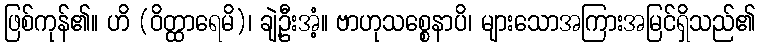
ဖြစ်ကုန်၏။ ဟိ (ဝိတ္ထာရေမိ)၊ ချဲ့ဦးအံ့။ ဗာဟုသစ္စေနာပိ၊ များသောအကြားအမြင်ရှိသည်၏